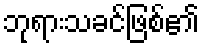
ဘုရားသခင်ဖြစ်၏